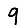
Digit: 9